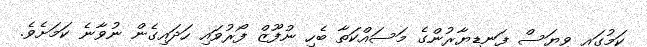
ކަމުގައި ވިޔަސް ފަނޑިޔާރުންގެ މަސައްކަތާ ބެހި ނުފޫޒް ފޯރުވައި ހަދައިގެން ނުވާނެ ކަމަށެވެ.